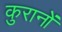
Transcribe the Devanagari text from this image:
कुरानों